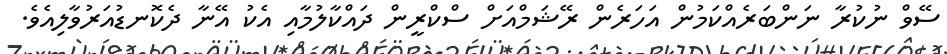
ސޭވް ނުކުރާ ނަންބަރެއްކަމުން އަހަރެން ރޭޝަމްއަށް ސްކްރީން ދައްކާލުމާއި އެކު އޭނާ ދެކޮނޑުއަރުވާލިއެވެ.